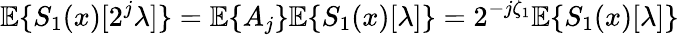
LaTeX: {\mathbb E}\{ S_{1}(x)[2^{j}\lambda]\} ={\mathbb E}\{ A_{j}\} {\mathbb E}\{ S_{1}(x)[\lambda]\} =2^{-j\zeta_{1}}{\mathbb E}\{ S_{1}(x)[\lambda]\}